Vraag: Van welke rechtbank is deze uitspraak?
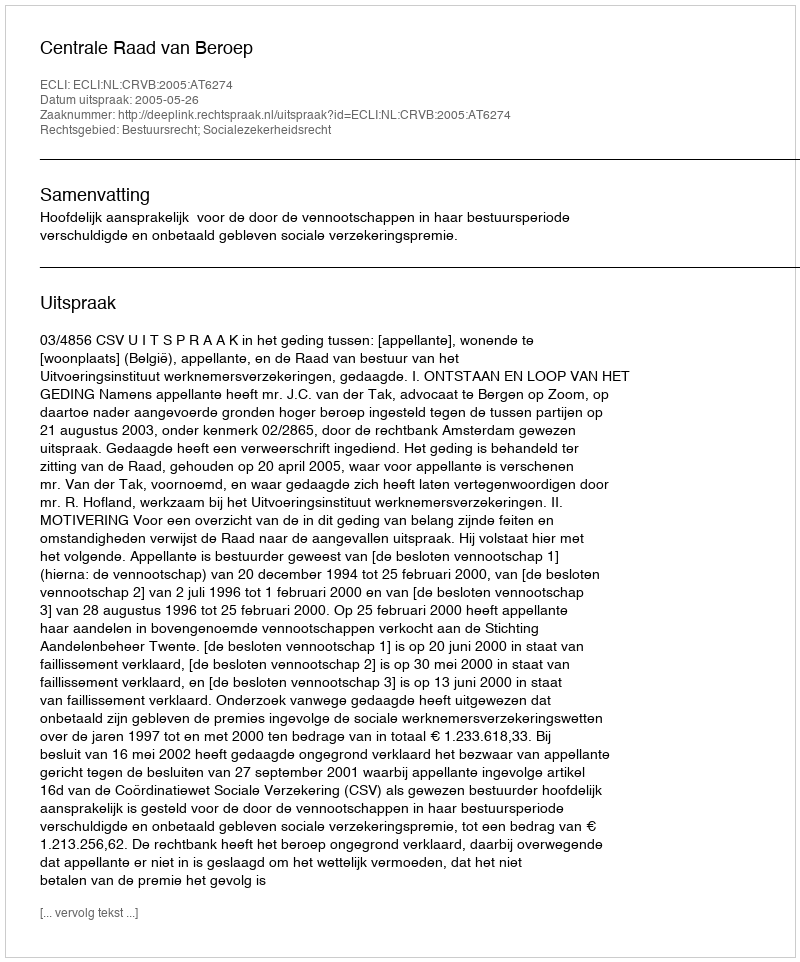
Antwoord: Centrale Raad van Beroep